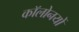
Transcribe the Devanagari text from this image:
कॉलोनयों